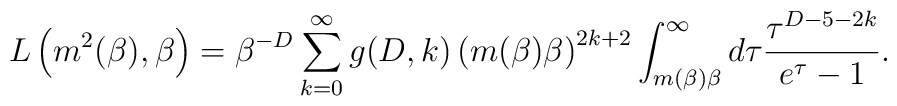
L\left(m^{2}(\beta),\beta\right)=\beta^{-D}\sum^{\infty}_{k=0}g(D,k)\left(m(\beta)\beta\right)^{2k+2}\int^{\infty}_{m(\beta)\beta}d\tau\frac{\tau^{D-5-2k}}{e^{\tau}-1}.